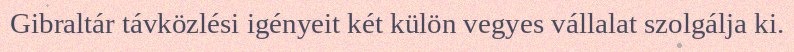
Gibraltár távközlési igényeit két külön vegyes vállalat szolgálja ki.